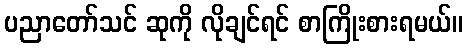
ပညာတော်သင် ဆုကို လိုချင်ရင် စာကြိုးစားရမယ်။